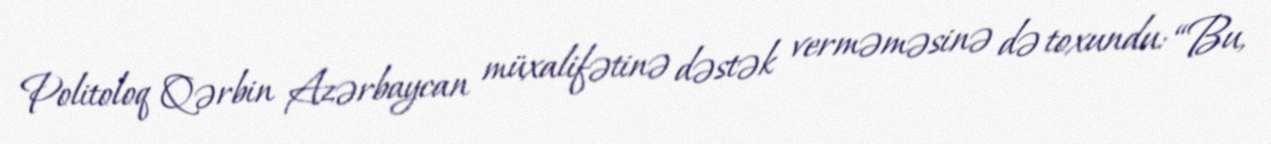
Politoloq Qərbin Azərbaycan müxalifətinə dəstək verməməsinə də toxundu: “Bu,